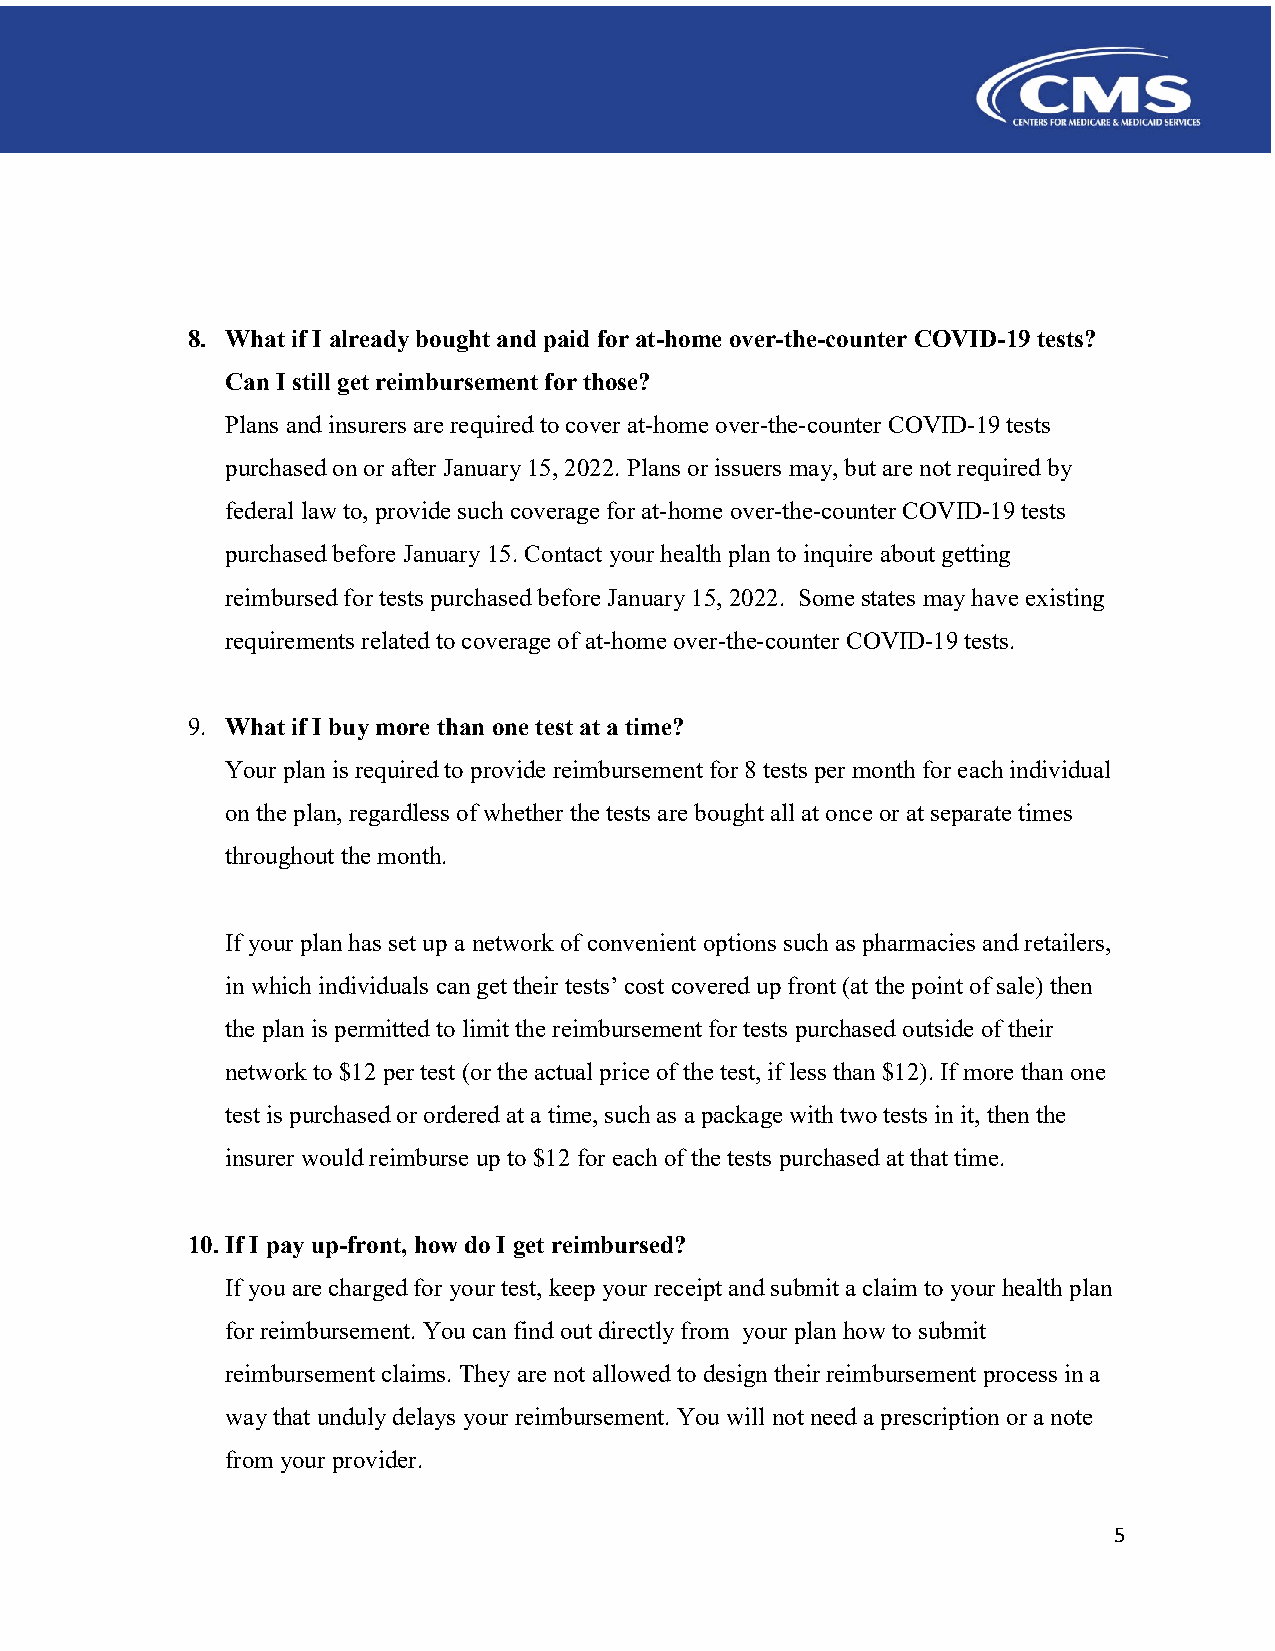
8. What if I already bought and paid for at-home over-the-counter COVID-19 tests?
 Can I still get reimbursement for those?
 Plans and insurers are required to cover at-home over-the-counter COVID-19 tests
 purchased on or after January 15, 2022. Plans or issuers may, but are not required by
 federal law to, provide such coverage for at-home over-the-counter COVID-19 tests
 purchased before January 15. Contact your health plan to inquire about getting
 reimbursed for tests purchased before January 15, 2022. Some states may have existing
 requirements related to coverage of at-home over-the-counter COVID-19 tests.
 9. What if I buy more than one test at a time?
 Your plan is required to provide reimbursement for 8 tests per month for each individual
 on the plan, regardless of whether the tests are bought all at once or at separate times
 throughout the month.
 If your plan has set up a network of convenient options such as pharmacies and retailers,
 in which individuals can get their tests’ cost covered up front (at the point of sale) then
 the plan is permitted to limit the reimbursement for tests purchased outside of their
 network to $12 per test (or the actual price of the test, if less than $12). If more than one
 test is purchased or ordered at a time, such as a package with two tests in it, then the
 insurer would reimburse up to $12 for each of the tests purchased at that time.
 10. If I pay up-front, how do I get reimbursed?
 If you are charged for your test, keep your receipt and submit a claim to your health plan
 for reimbursement. You can find out directly from your plan how to submit
 reimbursement claims. They are not allowed to design their reimbursement process in a
 way that unduly delays your reimbursement. You will not need a prescription or a note
 from your provider.
 5